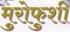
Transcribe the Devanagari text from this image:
मुरोफुशी